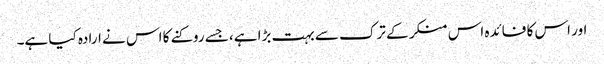
اور اس کا فائدہ اس منکر کے ترک سے بہت بڑا ہے، جسے روکنے کا اس نے ارادہ کیا ہے۔